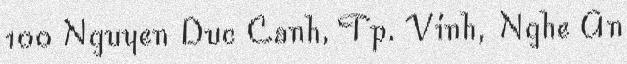
100 Nguyen Duc Canh, Tp. Vinh, Nghe An